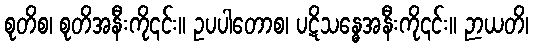
စုတိစ၊ စုတိအနီးကို၎င်း။ ဥပပါတောစ၊ ပဋိသန္ဓေအနီးကို၎င်း။ ဉာယတိ၊